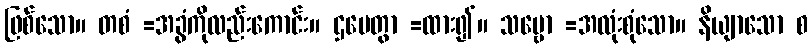
ဖြစ်သော။ တစံ =အခွံကိုလည်းကောင်း။ ဌပေတွာ =ထား၍။ သဗ္ဗော =အလုံးစုံသော။ နိယျာသော စ